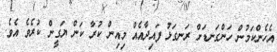
އެހެންކަމުން ހަންގަނޑަށް ރަނގަޅު ފައިދާއެއް މިއިން ކުރާ ކަން ޔަގީން ކުރެވެ އެވެ.